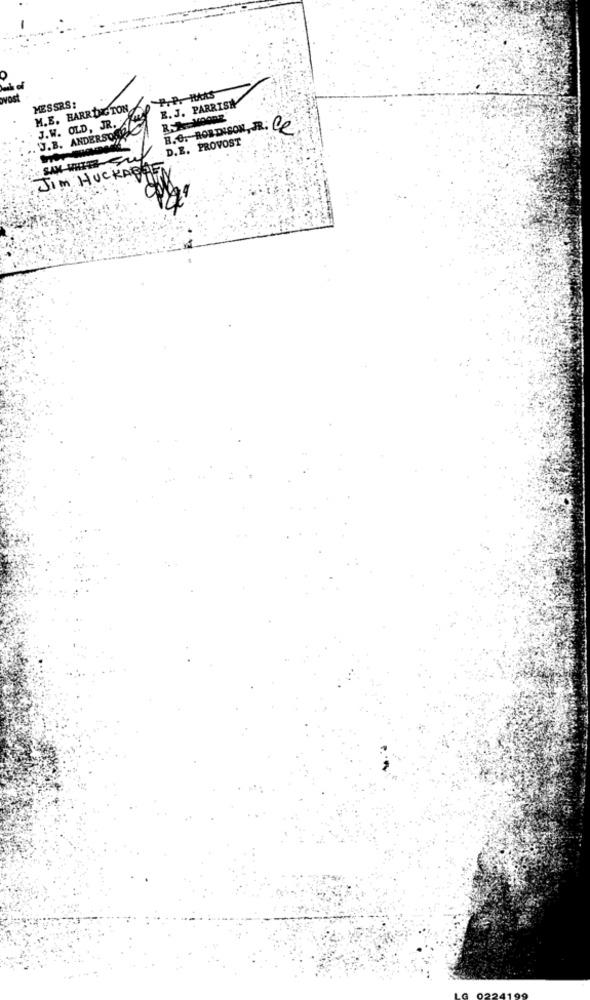
post
MESSRS:
E. J. PARRISH
M.E. HARR INGTON
J.W. OLD, JR.
J.B. ANDERSON
H.C. HORDISON, R. Ce
D.E. PROVOST
SAM-WHITE
JIM HUCKABEE